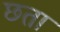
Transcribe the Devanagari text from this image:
छता